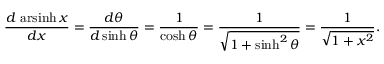
{ \frac { d \, \operatorname { a r s i n h } x } { d x } } = { \frac { d \theta } { d \sinh \theta } } = { \frac { 1 } { \cosh \theta } } = { \frac { 1 } { \sqrt { 1 + \sinh ^ { 2 } \theta } } } = { \frac { 1 } { \sqrt { 1 + x ^ { 2 } } } } .